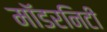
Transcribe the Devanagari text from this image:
मॉडरनिटी